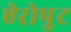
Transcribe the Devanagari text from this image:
ऐरोपुट